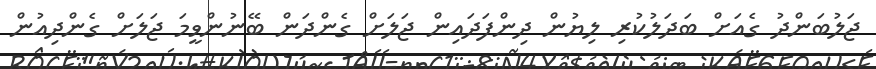
ޖަލުބަންދު ގެއަށް ބަދަލުކުރި ލިޔުން ދިންފަދައިން ޖަލަށް ގެންދަން ބޭނުންވީމަ ޖަލަށް ގެންދިއުން